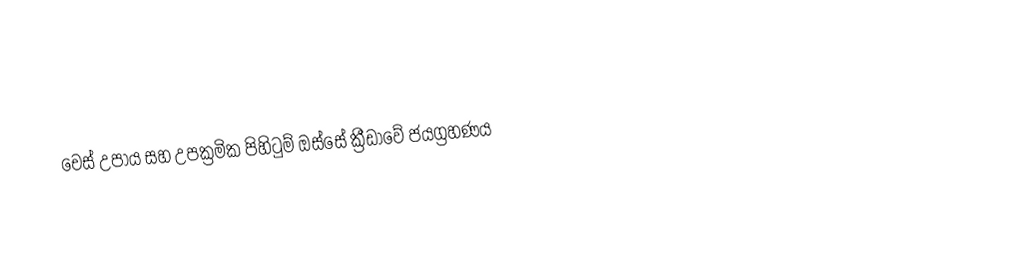
චෙස් උපාය සහ උපක්‍රමික පිහිටුම් ඔස්සේ ක්‍රීඩාවේ ජයග්‍රහණය